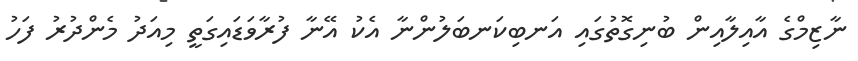
ނާޒިމްގެ އާއިލާއިން ބުނިގޮތުގައި އަނބިކަނބަލުންނާ އެކު އޭނާ ފުރާވަޑައިގަތީ މިއަދު މެންދުރު ފަހު